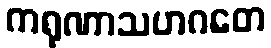
ကရုဏာသဟဂတေ